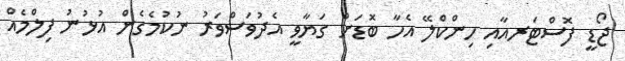
ޖޯޑީ ފޮސްޓަރއާއި ހިންކްލޭ އެހާ ބޮޑަށް ގަޔާވީ އެދުވަސްވަރު ނުކުމެގެން އުޅުނު ފިލްމެއް